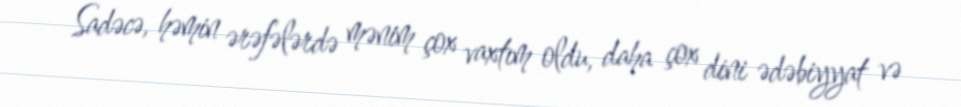
Sadəcə, həmin ərəfələrdə mənim çox vaxtım oldu, daha çox dini ədəbiyyat və